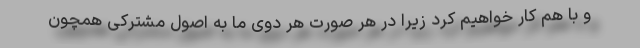
و با هم کار خواهیم کرد زیرا در هر صورت هر دوی ما به اصول مشترکی همچون